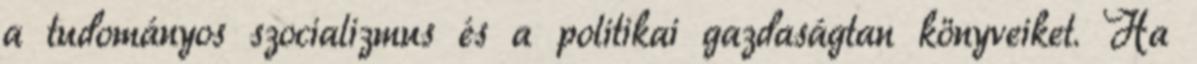
a tudományos szocializmus és a politikai gazdaságtan könyveiket. Ha